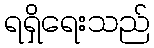
ရရှိရေးသည်